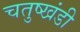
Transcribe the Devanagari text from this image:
चतुष्खंडी